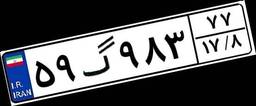
۸۹گ۸۳۷۱۵